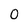
Character: 0